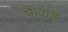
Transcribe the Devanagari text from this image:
फैकंड